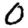
Digit: 0